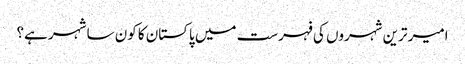
امیر ترین شہروں کی فہرست میں پاکستان کا کون سا شہر ہے؟